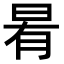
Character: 𭥯